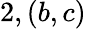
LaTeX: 2,(b,c)